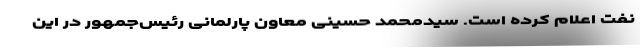
نفت اعلام کرده است. سیدمحمد حسینی معاون پارلمانی رئیس‌جمهور در این